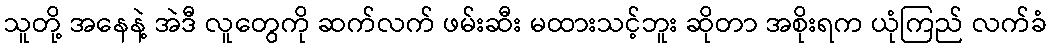
သူတို့ အနေနဲ့ အဲဒီ လူတွေကို ဆက်လက် ဖမ်းဆီး မထားသင့်ဘူး ဆိုတာ အစိုးရက ယုံကြည် လက်ခံ